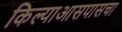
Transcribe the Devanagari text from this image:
किल्याआसपासचा